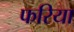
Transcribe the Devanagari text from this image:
फरिया